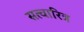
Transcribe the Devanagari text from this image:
सत्चारित्र